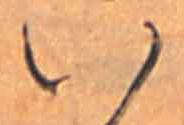
い